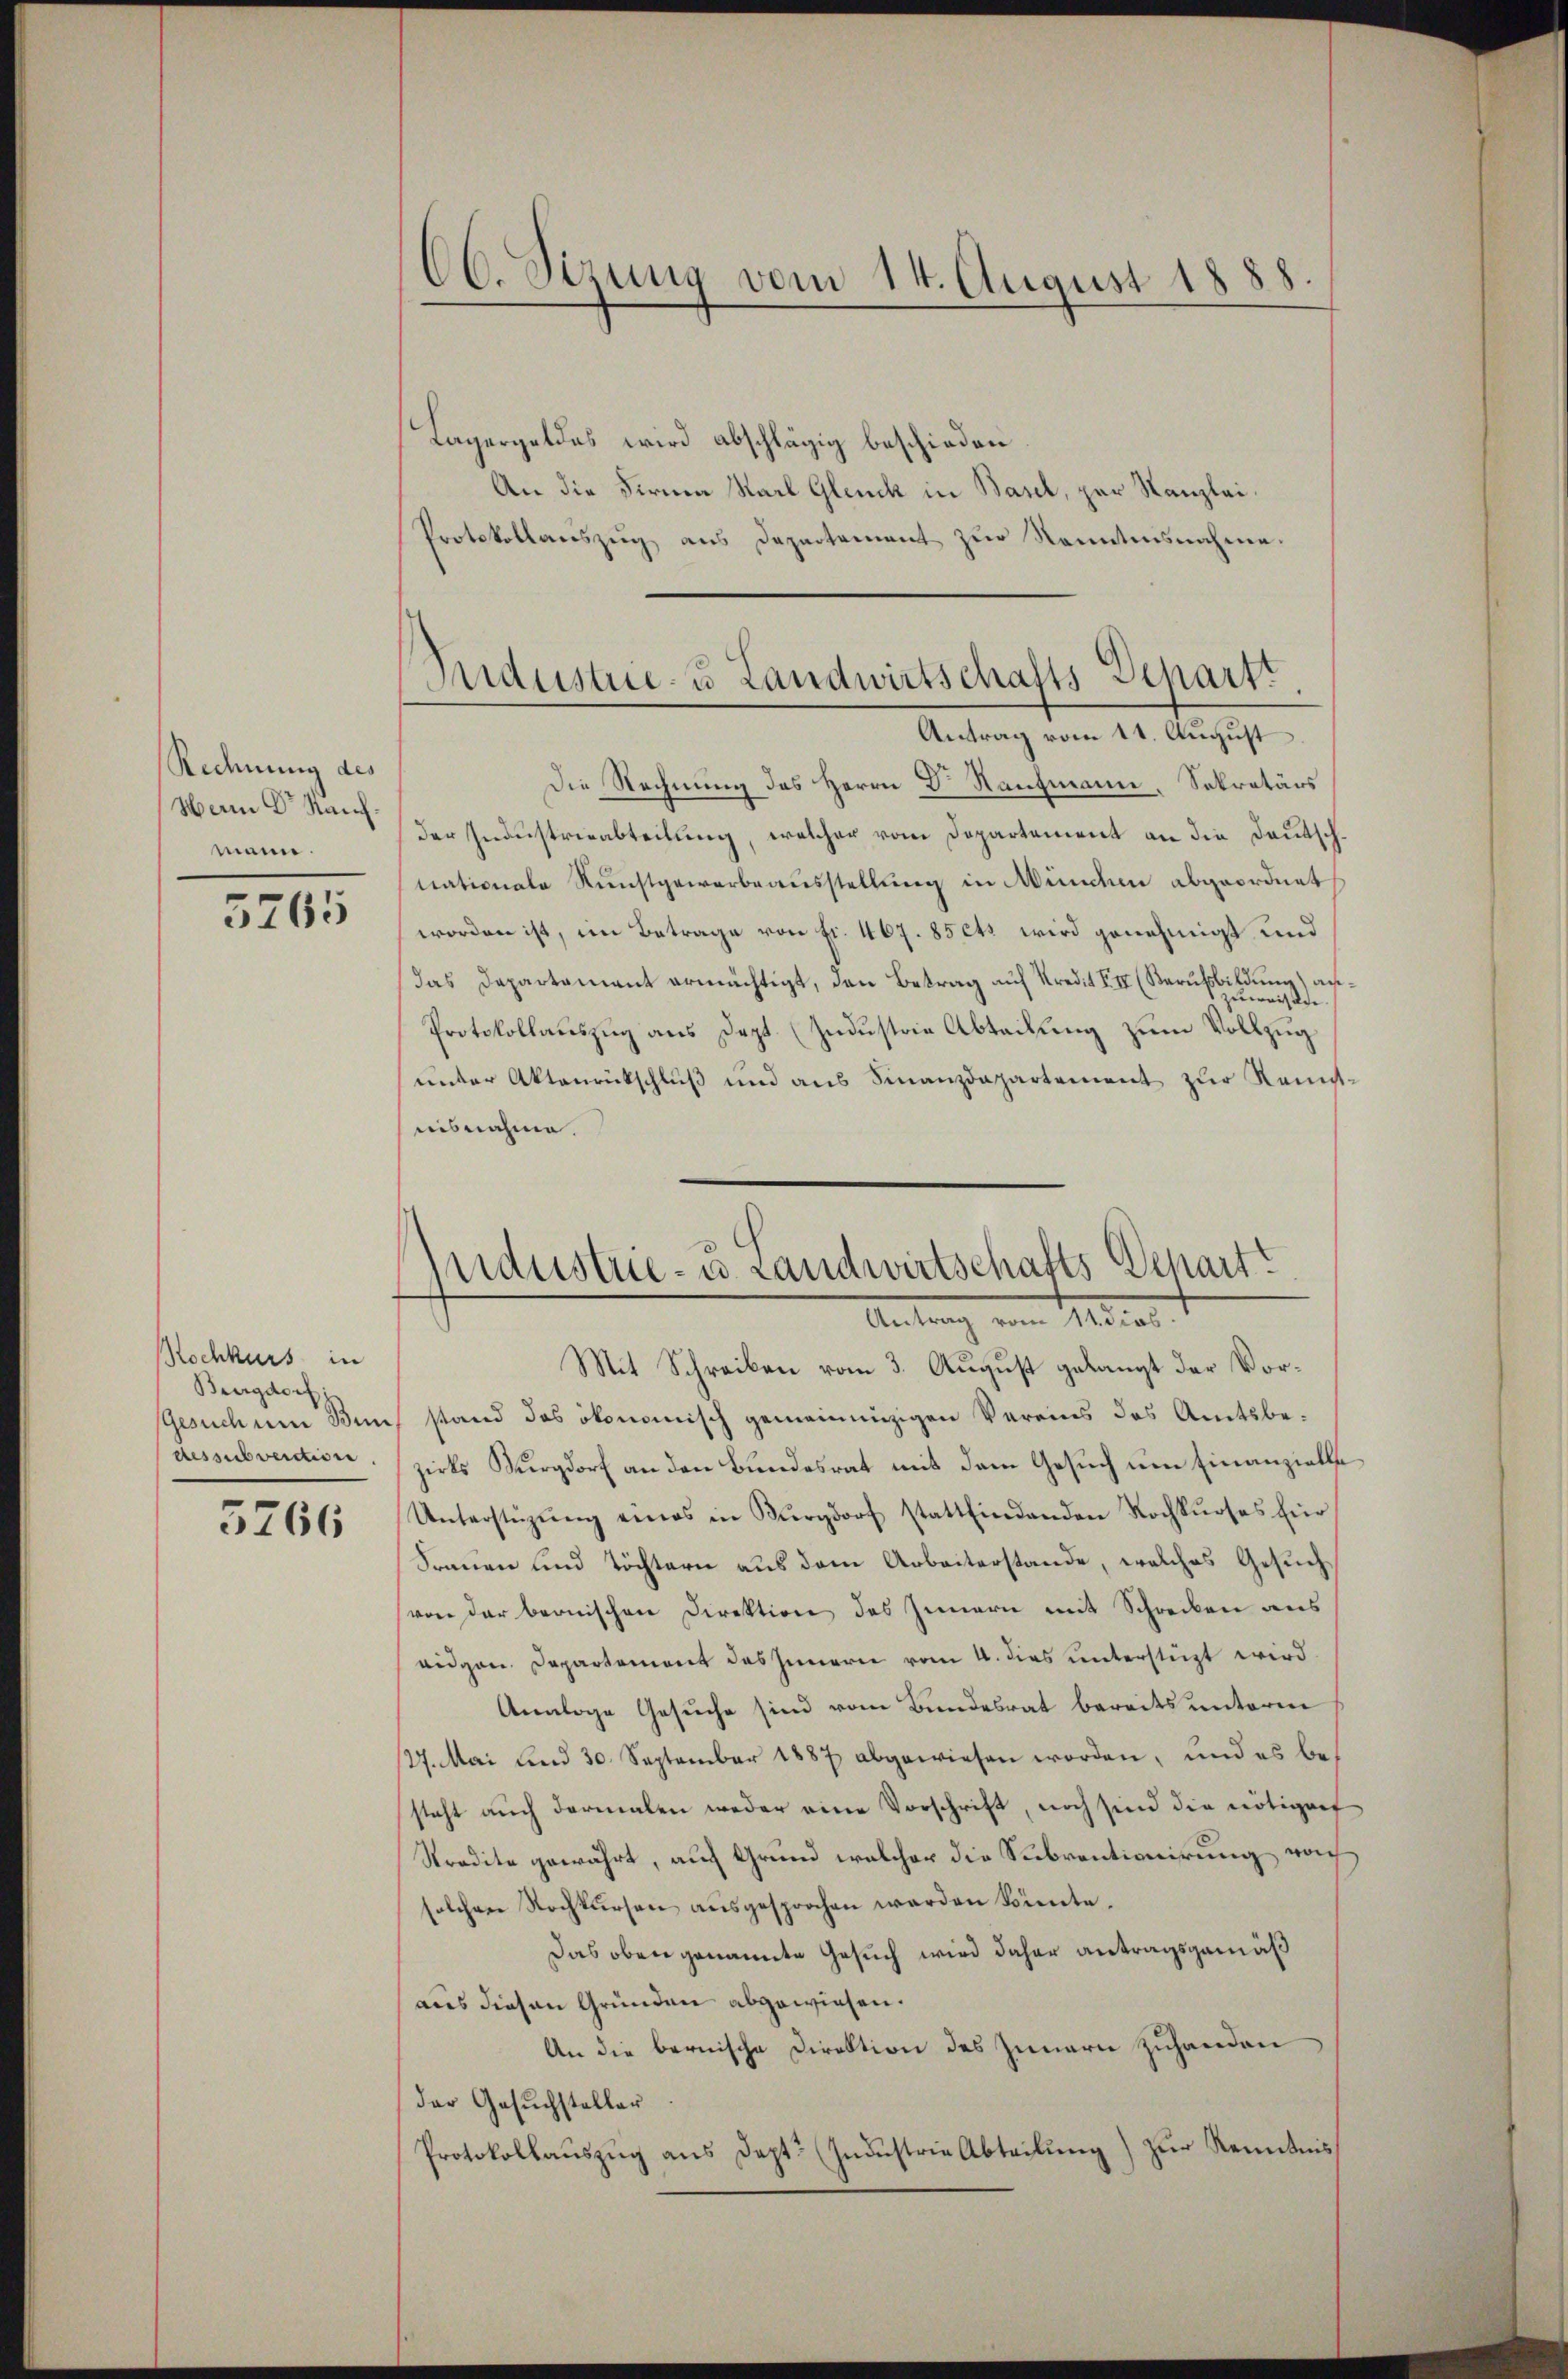
Rednung des
Wem Dr. Kaufmann.

5265

Rochkurs in
Burgdorf
dessubvention

5766

Cb. Sizung vom 14. August 1888

Lagergeldes wird abschlägig beschieden
An die Firma Karl Gleich in Basel, par Kanzlei¬
Protokollaŭszŭg ans Departement zŭr Kenntnisnahme.
Antrag vom 11. August
Die Rechnung des Herrn Dr. Raufmann. Sekretärs
der Industrieabteilung, welcher vom Departement an die Deutschnationale Kunstgewarbeausstellung in Münden abgeordnet
worden ist, im Betrage von Fr. 467. 85 ets wird genehmigt und
Das Departament ermächtigt, den Betrag auf Kredit XII (Berufsbildung) aus.
Protokollauszug aus Dept. (Zudustrie Abteilung zum Vollzug
unter Aktenrückschluß und aus Finanzdepartement zur Kenntuisnahme.
Mit Schreiben vom 3. August gelangt der Vor¬
Gesuchum Buns stand das ökonomisch gemeineinigen Vereins des Amtsbezirks Burgdorf an den Bundesrat mit dem Gesuch um Finanzielle
Unterstützŭng eines in Burgdorf stattfindenden Kochkurses für
Frauen und Töchtern aus dem Arbeiterstande, welches Gesuchvon der bernischen Direktion des Innern mit Schrecken aus
eidgen. Departement das Innern vom 4. dies unterstüzt wird.
Analoge Gesuche sind vom Bundesrat bereits unterm
127. Mai und 30. September 1887 abgewiesen worden, und es besteht auch dermalen weder eine Vorschrift, noch sind die nötigert
Stradite gewährt, auf Grund welcher die Subventionirung noch
solchen Nochkursen ausgesprochen werden könnte.
Das oben genannte Gesuch wird daher antragsgemäß
aus diesen Gründen abgewiesen.
An die bernische Direktion des Innern zuhanden
der Gesuchsteller
Protokollauszug aus Dept. (Industrie Abteilung) zur Kenntnis

Industrie- u Landwirtschafts-Departi

Industrie- u. Landwirtschafts Schart
Antrag vom 11ten